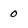
Character: 0